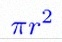
\pi r^2